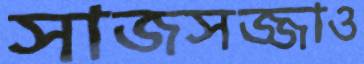
সাজসজ্জাও